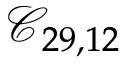
\mathcal { C } _ { 2 9 , 1 2 }